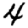
Digit: 4